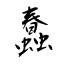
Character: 蠢